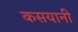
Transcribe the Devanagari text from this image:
कसयानी